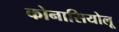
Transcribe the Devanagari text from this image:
कोनासियोलू